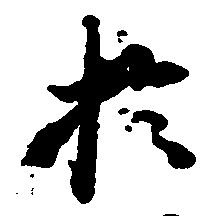
於